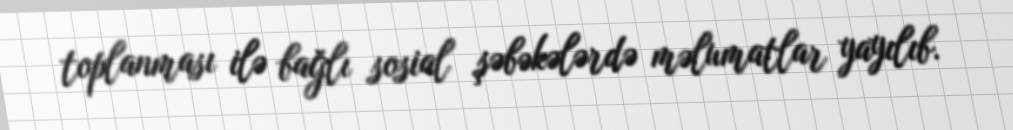
toplanması ilə bağlı sosial şəbəkələrdə məlumatlar yayılıb.